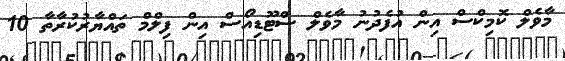
މާވެލް ކޮމިކްސް އިން އުފެދުނު މާވެލް ސްޓޫޑިއޯސް އިން ފިލްމް ތައްޔާރުކުރާތާ 10